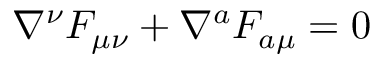
\nabla ^ { \nu } F _ { \mu \nu } + \nabla ^ { a } F _ { a \mu } = 0